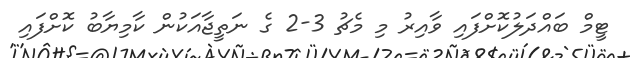
ޓީމް ބައްދަލުކޮށްފައި ވާއިރު މި މެޗު 3-2 ގެ ނަތީޖާއަކުން ކާމިޔާބު ކޮށްފައި